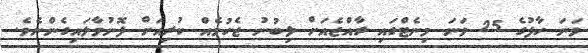
ވަނަ ހާފުގެ 25 ވަނަ މިނެޓްގައި ރާއްޖެއަށް ލިބުނު ޖެހުމެއް ކުރިއަށް ފޮނުވާލައިގެންނެވެ.